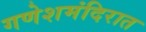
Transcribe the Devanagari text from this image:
गणेशमंदिरात